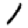
Digit: 1